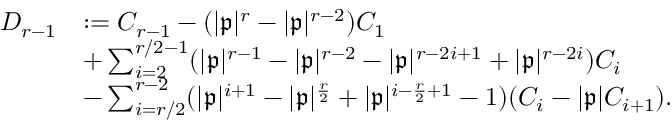
\begin{array} { r l } { D _ { r - 1 } } & { : = C _ { r - 1 } - ( | \mathfrak { p } | ^ { r } - | \mathfrak { p } | ^ { r - 2 } ) C _ { 1 } } \\ & { + \sum _ { i = 2 } ^ { r / 2 - 1 } ( | \mathfrak { p } | ^ { r - 1 } - | \mathfrak { p } | ^ { r - 2 } - | \mathfrak { p } | ^ { r - 2 i + 1 } + | \mathfrak { p } | ^ { r - 2 i } ) C _ { i } } \\ & { - \sum _ { i = r / 2 } ^ { r - 2 } ( | \mathfrak { p } | ^ { i + 1 } - | \mathfrak { p } | ^ { \frac { r } { 2 } } + | \mathfrak { p } | ^ { i - \frac { r } { 2 } + 1 } - 1 ) ( C _ { i } - | \mathfrak { p } | C _ { i + 1 } ) . } \end{array}